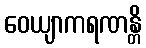
ဝေယျာကရဏန္တိ